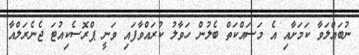
ނުބައްލަވާ ކަމަށާއި އެ މަސައްކަތް ބެލުން ހަވާލު ކުރައްވާފައި ވަނީ ޕްރޮސެކިއުޓަ ޖެނެރަލްއާ